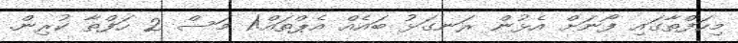
މިހަފްތާގައި ފޯނަށް އެޅުން ރަނގަޅު ބައެއް އެޕްތައް!1 މަސް 2 ހަފްތާ ކުރިން.